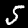
Label: 5